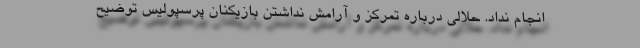
انجام نداد. حلالی درباره تمرکز و آرامش نداشتن بازیکنان پرسپولیس توضیح